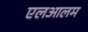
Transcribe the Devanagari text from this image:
एलआलम